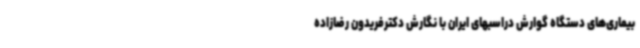
بیماری‌های دستگاه گوارش دراسبهای ایران با نگارش دکترفریدون رضازاده